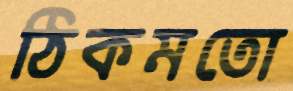
ঠিকমতো